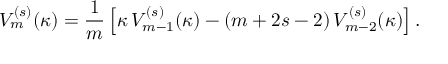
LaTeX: V _ { m } ^ { ( s ) } ( \kappa ) = \frac { 1 } { m } \left[ \kappa \, V _ { m - 1 } ^ { ( s ) } ( \kappa ) - ( m + 2 s - 2 ) \, V _ { m - 2 } ^ { ( s ) } ( \kappa ) \right] .